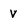
Character: V